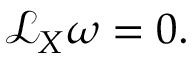
{ \mathcal { L } } _ { X } \omega = 0 .